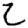
Digit: 2